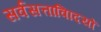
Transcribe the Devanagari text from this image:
सर्वसत्तावािदयों